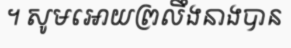
។ សូមអោយព្រលឹងនាងបាន